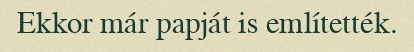
Ekkor már papját is említették.